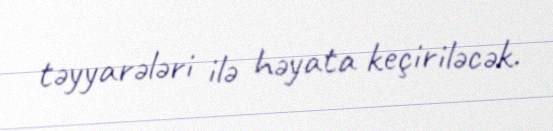
təyyarələri ilə həyata keçiriləcək.